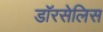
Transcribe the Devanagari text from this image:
डॉरसेलिस